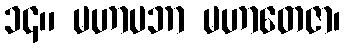
၁၄။ မဟာပဘာ မဟာတေဇာ၊